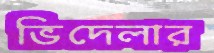
ভিদেলার